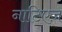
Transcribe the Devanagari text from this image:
नाटिएज़